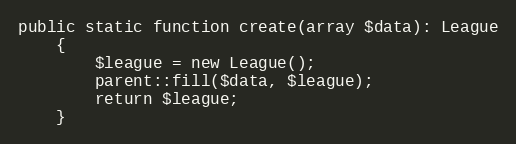
Language: PHP
public static function create(array $data): League
    {
        $league = new League();
        parent::fill($data, $league);
        return $league;
    }